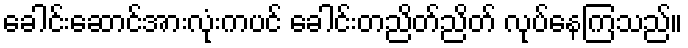
ခေါင်းဆောင်အားလုံးကပင် ခေါင်းတညိတ်ညိတ် လုပ်နေကြသည်။